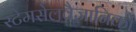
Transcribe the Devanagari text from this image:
स्टेमसेलवैज्ञानिकों